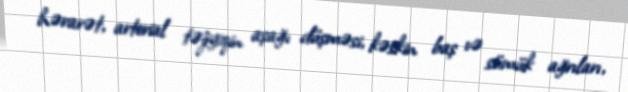
hərarət, arterial təzyiqin aşağı düşməsi, kəskin baş və sümük ağrıları,